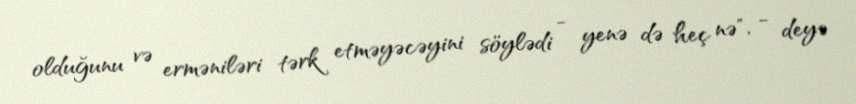
olduğunu və erməniləri tərk etməyəcəyini söylədi - yenə də heç nə", - deyə